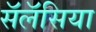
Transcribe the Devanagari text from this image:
सॅलॅसिया